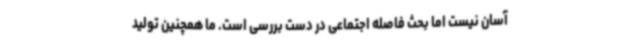
آسان نیست اما بحث فاصله اجتماعی در دست بررسی است. ما همچنین تولید